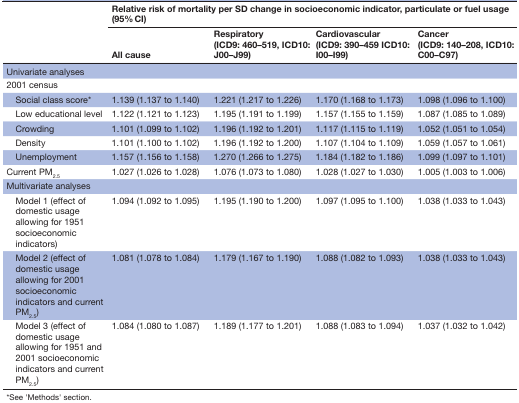
<table><thead><tr><td rowspan="2"></td><td colspan="4"><b>Relative risk of mortality per SD change in socioeconomic indicator, particulate or fuel usage (95% CI)</b></td></tr><tr><td><b>All cause</b></td><td><b>Respiratory (ICD9: 460–519, ICD10: J00–J99)</b></td><td><b>Cardiovascular (ICD9: 390–459 ICD10: I00–I99)</b></td><td><b>Cancer (ICD9: 140–208, ICD10: C00–C97)</b></td></tr></thead><tbody><tr><td colspan="5">Univariate analyses</td></tr><tr><td>2001 census</td><td></td><td></td><td></td><td></td></tr><tr><td> Social class score*</td><td>1.139 (1.137 to 1.140)</td><td>1.221 (1.217 to 1.226)</td><td>1.170 (1.168 to 1.173)</td><td>1.098 (1.096 to 1.100)</td></tr><tr><td> Low educational level</td><td>1.122 (1.121 to 1.123)</td><td>1.195 (1.191 to 1.199)</td><td>1.157 (1.155 to 1.159)</td><td>1.087 (1.085 to 1.089)</td></tr><tr><td> Crowding</td><td>1.101 (1.099 to 1.102)</td><td>1.196 (1.192 to 1.201)</td><td>1.117 (1.115 to 1.119)</td><td>1.052 (1.051 to 1.054)</td></tr><tr><td> Density</td><td>1.101 (1.100 to 1.102)</td><td>1.196 (1.192 to 1.200)</td><td>1.107 (1.104 to 1.109)</td><td>1.059 (1.057 to 1.061)</td></tr><tr><td> Unemployment</td><td>1.157 (1.156 to 1.158)</td><td>1.270 (1.266 to 1.275)</td><td>1.184 (1.182 to 1.186)</td><td>1.099 (1.097 to 1.101)</td></tr><tr><td>Current PM<sub>2.5</sub></td><td>1.027 (1.026 to 1.028)</td><td>1.076 (1.073 to 1.080)</td><td>1.028 (1.027 to 1.030)</td><td>1.005 (1.003 to 1.006)</td></tr><tr><td colspan="5">Multivariate analyses</td></tr><tr><td> Model 1 (effect of domestic usage allowing for 1951 socioeconomic indicators)</td><td>1.094 (1.092 to 1.095)</td><td>1.195 (1.190 to 1.200)</td><td>1.097 (1.095 to 1.100)</td><td>1.038 (1.033 to 1.043)</td></tr><tr><td> Model 2 (effect of domestic usage allowing for 2001 socioeconomic indicators and current PM<sub>2.5</sub>)</td><td>1.081 (1.078 to 1.084)</td><td>1.179 (1.167 to 1.190)</td><td>1.088 (1.082 to 1.093)</td><td>1.038 (1.033 to 1.043)</td></tr><tr><td> Model 3 (effect of domestic usage allowing for 1951 and 2001 socioeconomic indicators and current PM<sub>2.5</sub>)</td><td>1.084 (1.080 to 1.087)</td><td>1.189 (1.177 to 1.201)</td><td>1.088 (1.083 to 1.094)</td><td>1.037 (1.032 to 1.042)</td></tr></tbody></table>